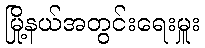
မြို့နယ်အတွင်းရေးမှူး